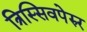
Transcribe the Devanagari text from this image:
त्रिस्सिवपेरुर